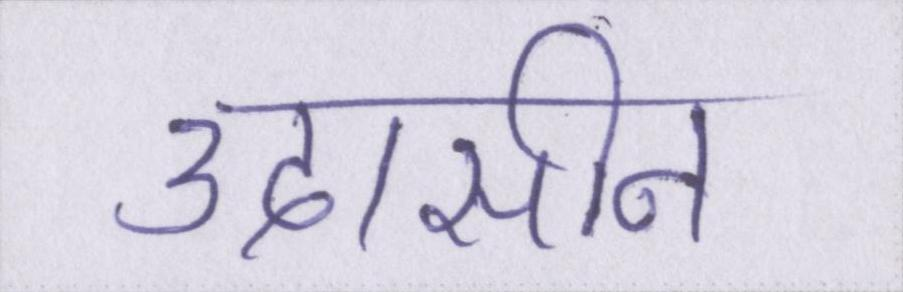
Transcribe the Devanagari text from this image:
उदासीन